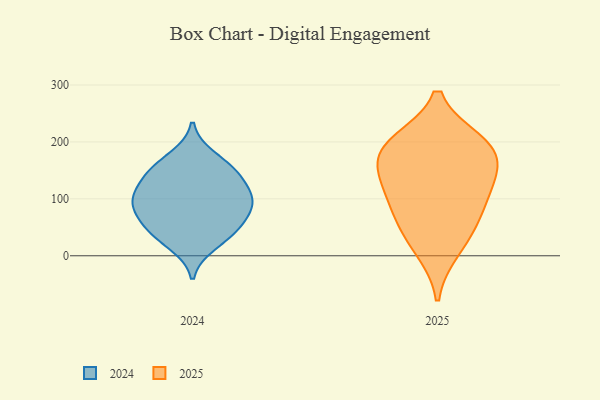
{"axis": {"x": "Operating Costs (USD K)", "y": "Value"}, "legend": ["2024", "2025"], "data": [{"x": "", "y": 55, "type": "2024"}, {"x": "", "y": 95, "type": "2024"}, {"x": "", "y": 89, "type": "2024"}, {"x": "", "y": 141, "type": "2024"}, {"x": "", "y": 144, "type": "2024"}, {"x": "", "y": 19, "type": "2024"}, {"x": "", "y": 149, "type": "2024"}, {"x": "", "y": 85, "type": "2024"}, {"x": "", "y": 44, "type": "2024"}, {"x": "", "y": 174, "type": "2024"}, {"x": "", "y": 107, "type": "2024"}, {"x": "", "y": 45, "type": "2024"}, {"x": "", "y": 103, "type": "2024"}, {"x": "", "y": 69, "type": "2025"}, {"x": "", "y": 120, "type": "2025"}, {"x": "", "y": 107, "type": "2025"}, {"x": "", "y": 185, "type": "2025"}, {"x": "", "y": 10, "type": "2025"}, {"x": "", "y": 170, "type": "2025"}, {"x": "", "y": 143, "type": "2025"}, {"x": "", "y": 199, "type": "2025"}, {"x": "", "y": 200, "type": "2025"}, {"x": "", "y": 50, "type": "2025"}]}